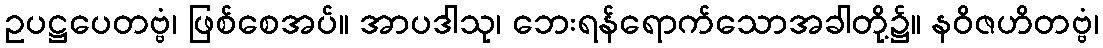
ဥပဋ္ဌပေတဗ္ဗံ၊ ဖြစ်စေအပ်။ အာပဒါသု၊ ဘေးရန်ရောက်သောအခါတို့၌။ နဝိဇဟိတဗ္ဗံ၊